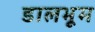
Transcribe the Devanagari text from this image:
डालभूम